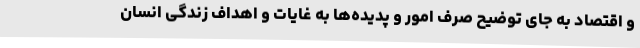
و اقتصاد به جای توضیح صرف امور و پدیده‌ها به غایات و اهداف زندگی انسان